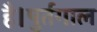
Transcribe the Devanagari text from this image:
है।पुर्तगाल